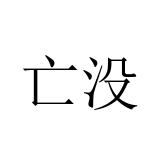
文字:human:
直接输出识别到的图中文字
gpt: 亡没